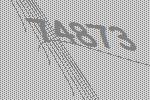
74873